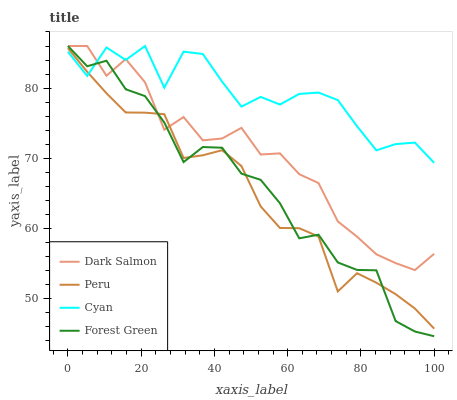
| xaxis_label | Dark Salmon | Peru | Cyan | Forest Green |
 | --- | --- | --- | --- | --- |
 | 0 | 86 | 85.7 | 85.2 | 86 |
 | 5.26 | 86 | 82.3 | 81.7 | 83.1 |
 | 10.5 | 81.8 | 79.3 | 85.8 | 83.9 |
 | 15.8 | 84.1 | 76.5 | 84 | 79.8 |
 | 21.1 | 80.8 | 76.5 | 86 | 78.9 |
 | 26.3 | 74.1 | 76.3 | 80.1 | 75.1 |
 | 31.6 | 75.9 | 70 | 85.2 | 69.4 |
 | 36.8 | 72.5 | 70.4 | 84.9 | 71.6 |
 | 42.1 | 72.8 | 71.1 | 80.9 | 71.5 |
 | 47.4 | 74.3 | 68.9 | 77.4 | 67.8 |
 | 52.6 | 70.5 | 63.1 | 78.7 | 66.9 |
 | 57.9 | 70.7 | 60 | 77.7 | 63.6 |
 | 63.2 | 67.7 | 60 | 79.2 | 58.6 |
 | 68.4 | 66.5 | 58.8 | 79.4 | 59.1 |
 | 73.7 | 61 | 51 | 78.3 | 55.1 |
 | 78.9 | 58.8 | 53.6 | 74.5 | 54.1 |
 | 84.2 | 56.3 | 52.2 | 71.1 | 54 |
 | 89.5 | 55 | 50.6 | 72 | 46.8 |
 | 94.7 | 54 | 48.6 | 72.2 | 45.3 |
 | 100 | 56.4 | 45.7 | 69.3 | 44.6 |